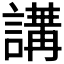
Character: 𧪿